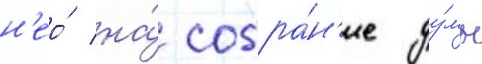
н'ео́ на́ собра́н'ие ду́мы